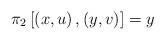
LaTeX: \begin{align*}\pi_2\left[\left(x,u\right),\left(y,v\right)\right]=y\end{align*}